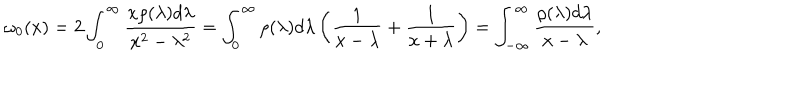
\omega _ { 0 } ( x ) = 2 \int _ { 0 } ^ { \infty } { \frac { x \rho ( \lambda ) d \lambda } { x ^ { 2 } - \lambda ^ { 2 } } } = \int _ { 0 } ^ { \infty } \rho ( \lambda ) d \lambda \left( { \frac { 1 } { x - \lambda } } + { \frac { 1 } { x + \lambda } } \right) = \int _ { - \infty } ^ { \infty } { \frac { \rho ( \lambda ) d \lambda } { x - \lambda } } ,